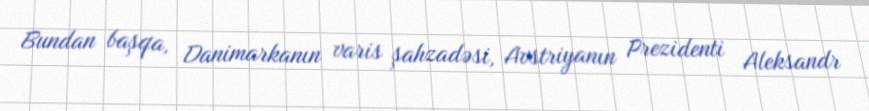
Bundan başqa, Danimarkanın varis şahzadəsi, Avstriyanın Prezidenti Aleksandr